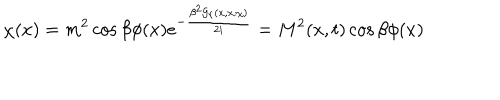
LaTeX: \chi ( x ) = m ^ { 2 } \cos \beta \phi ( x ) e ^ { - \frac { \beta ^ { 2 } { \cal G } _ { r } ( x , x ; \chi ) } { 2 i } } = M ^ { 2 } ( x , t ) \cos \beta \phi ( x )